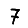
Digit: 7